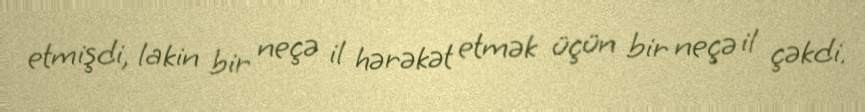
etmişdi, lakin bir neçə il hərəkət etmək üçün bir neçə il çəkdi.